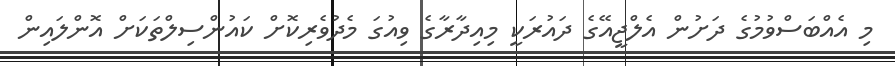
މި އެއްބަސްވުމުގެ ދަށުން އެލްޖީއޭގެ ދައުރަކީ މިއިދާރާގެ ވިއުގަ މެދުވެރިކޮށް ކައުންސިލްތަކަށް އޮންލައިން